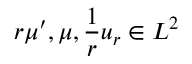
r \mu ^ { \prime } , \mu , \frac { 1 } { r } u _ { r } \in L ^ { 2 }